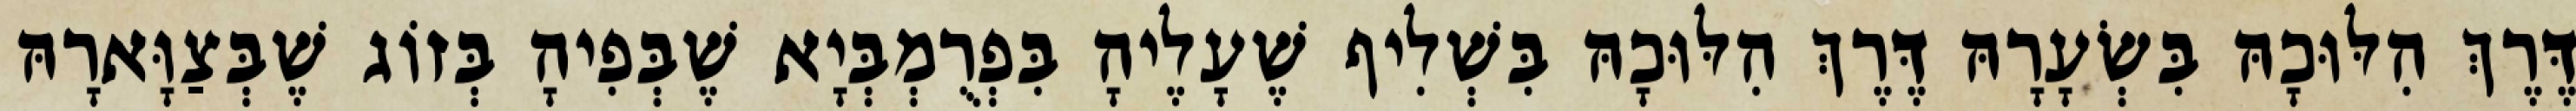
דֶּרֶךְ הִלּוּכָהּ בִּשְׂעָרָהּ דֶּרֶךְ הִלּוּכָהּ בִּשְׁלִיף שֶׁעָלֶיהָ בִּפְרֻמְבְּיָא שֶׁבְּפִיהָ בְּזוֹג שֶׁבְּצַוָּארָהּ